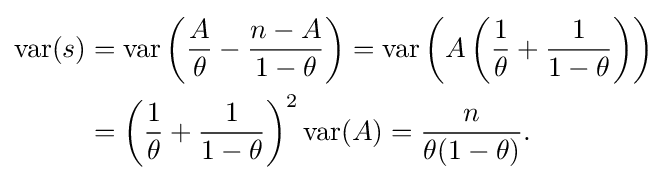
{\begin{aligned}\operatorname {var} (s)&=\operatorname {var} \left({\frac {A}{\theta }}-{\frac {n-A}{1-\theta }}\right)=\operatorname {var} \left(A\left({\frac {1}{\theta }}+{\frac {1}{1-\theta }}\right)\right)\\&=\left({\frac {1}{\theta }}+{\frac {1}{1-\theta }}\right)^{2}\operatorname {var} (A)={\frac {n}{\theta (1-\theta )}}.\end{aligned}}